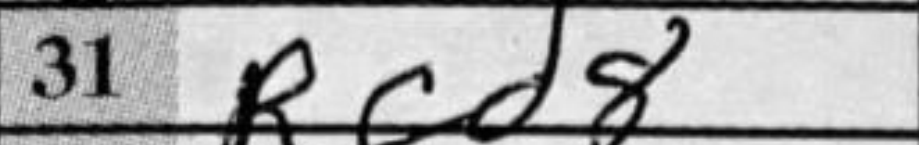
Transcription: Rcd8